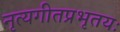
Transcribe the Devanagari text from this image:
नृत्यगीतप्रभृतयः